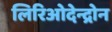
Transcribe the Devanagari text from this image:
लिरिओदेन्द्रोन